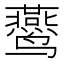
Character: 𱊴